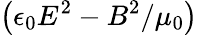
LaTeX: \left(\epsilon_{0}E^{2}-B^{2}/\mu_{0}\right)